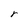
Character: r